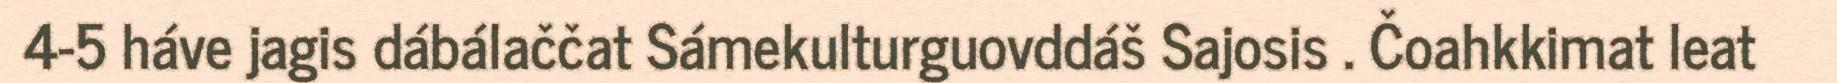
4-5 háve jagis dábálaččat Sámekulturguovddáš Sajosis . Čoahkkimat leat